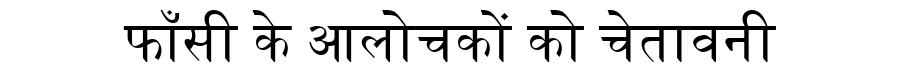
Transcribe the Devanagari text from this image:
फाँसी के आलोचकों को चेतावनी